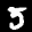
Digit: 5